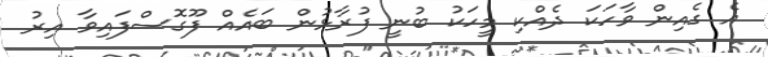
އެ ގެއިން ވާހަކަ ދެއްކި މީހަކު ބުނީ ފުރާޅުން ބައެއް ފޫގޮސްފައިވާ އިރު